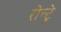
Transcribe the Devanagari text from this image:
रोन्ट्रे